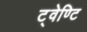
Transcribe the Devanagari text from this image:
ट्वेण्टि